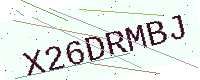
Text: X26DRMBJ